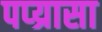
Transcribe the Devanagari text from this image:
पप्य्रासा